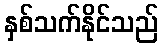
နှစ်သက်နိုင်သည်